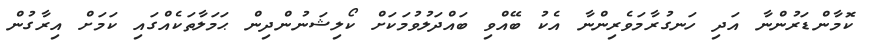
ކޮމާންޑަރުންނާ އަދި ހަނގުރާމަވެރިންނާ އެކު ބޭއްވި ބައްދަލުވުމަކަށް ކޯލިޝަނުންދިން ޙަމަލާތަކެއްގައި ކަމަށް އިރާގުން